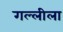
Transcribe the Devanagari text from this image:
गल्लीला